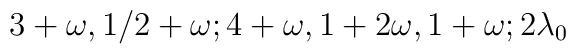
3+\omega,1/2+\omega;4+\omega,1+2\omega,1+\omega;2\lambda_0